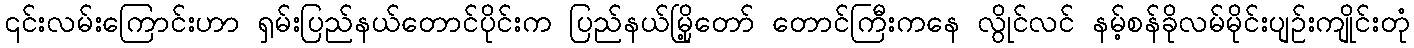
၎င်းလမ်းကြောင်းဟာ ရှမ်းပြည်နယ်တောင်ပိုင်းက ပြည်နယ်မြို့တော် တောင်ကြီးကနေ လွိုင်လင် နမ့်စန်ခိုလမ်မိုင်းပျဉ်းကျိုင်းတုံ